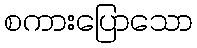
စကားပြောသော